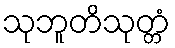
သုဘူတိသုတ္တံ